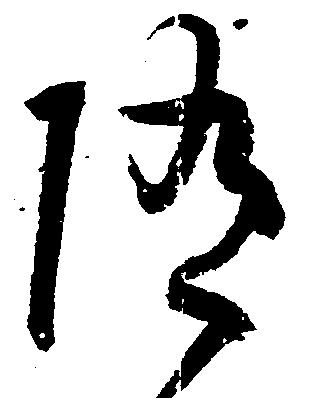
随